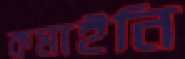
কমাইনি